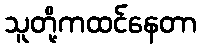
သူတို့ကထင်နေတာ